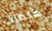
كلمات